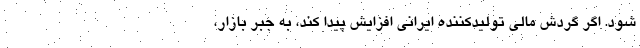
شود. اگر گردش مالی تولیدکننده ایرانی افزایش پیدا کند، به جبر بازار،